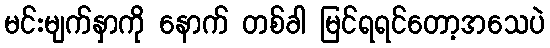
မင်းမျက်နှာကို နောက် တစ်ခါ မြင်ရရင်တော့အသေပဲ